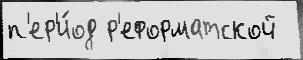
п'ер'и́од р'еформатской